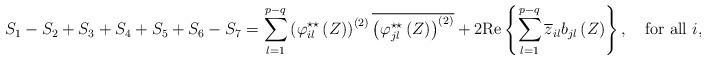
LaTeX: \begin{align*} S_{1}-S_{2}+S_{3}+S_{4}+S_{5}+S_{6}-S_{7} = \displaystyle\sum_{l=1}^{p-q}\left(\varphi_{il}^{\star\star }\left(Z\right)\right)^{(2)}\overline{\left(\varphi_{jl}^{\star\star }\left(Z\right)\right)^{(2)}}+2\mbox{Re} \left\{ \displaystyle\sum_{l=1}^{p-q}\overline{z}_{il}b_{jl}\left(Z\right) \right\},\quad\mbox{for all $i,j=1,\dots,q$.} \end{align*}